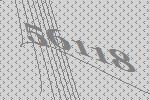
56118